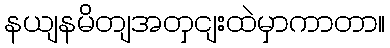
နယျနမိတျအတှငျးထဲမှာကာတာ။